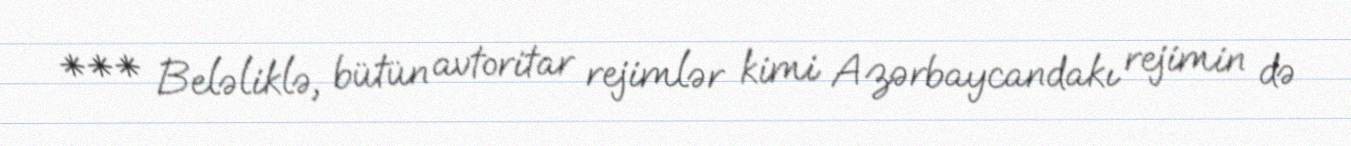
*** Beləliklə, bütün avtoritar rejimlər kimi Azərbaycandakı rejimin də